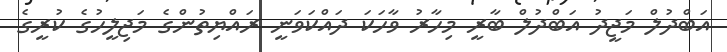
އަބްދުލް މަޖީދު އަބްދުލް ބާރީ މިހާރު ވާހަކަ ދައްކަވަނީ ރައްޔިތުންގެ މަޖިލީހުގެ ކުރީގެ